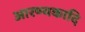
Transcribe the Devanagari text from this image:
आरण्यकादि